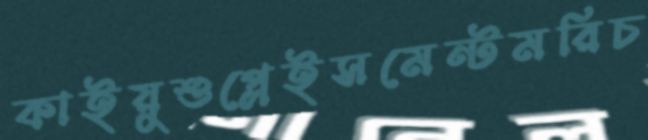
কাইয়ুশুপ্লেইসমেন্টমরিচ